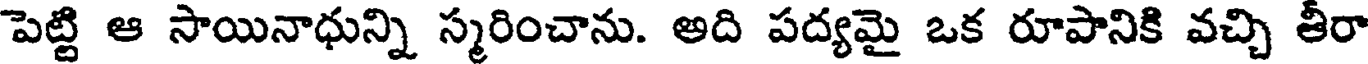
పెట్టి ఆ సాయినాధున్ని స్మరించాను. అది పద్యమై ఒక రూపానికి వచ్చి తీరా